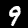
Digit: 9